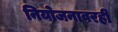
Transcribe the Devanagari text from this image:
नियोजनावरही